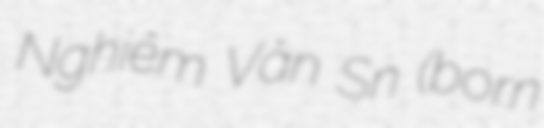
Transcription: Nghiêm Văn Sẩn (born